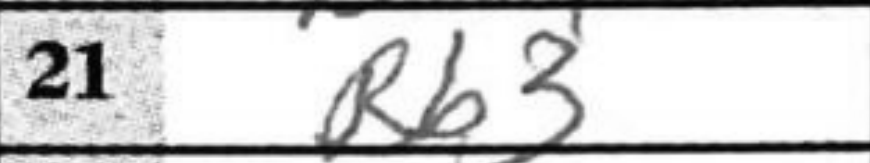
Transcription: Rb3